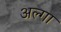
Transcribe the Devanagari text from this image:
अल्गा